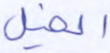
الخيل